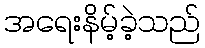
အရေးနိမ့်ခဲ့သည်